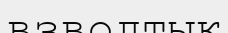
взводтық